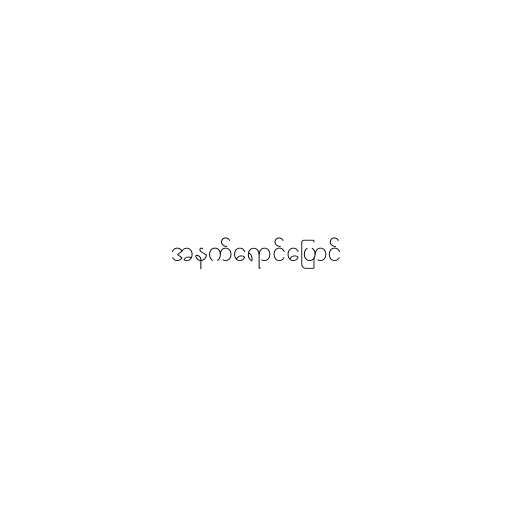
အနက်ရောင်ပြောင်